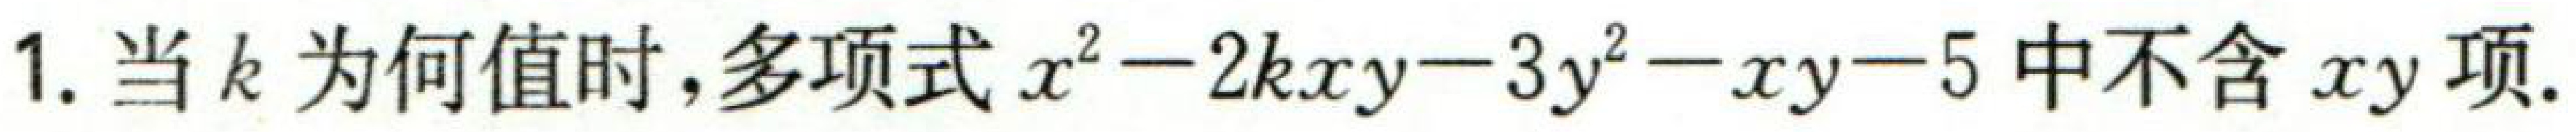
1. 当\(k\)为何值时，多项式\(x^{2}-2kxy - 3y^{2}-xy - 5\)中不含\(xy\)项.